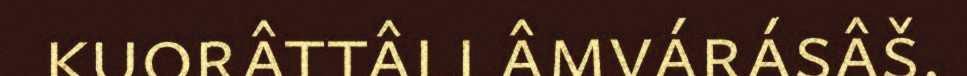
kuorâttâllâmvárásâš.